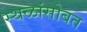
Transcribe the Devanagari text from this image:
स्थळांसोबत